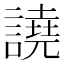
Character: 譊